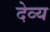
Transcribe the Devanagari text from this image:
देव्य